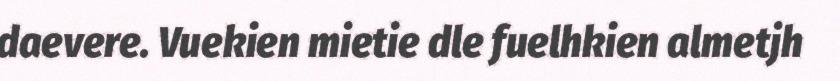
daevere. Vuekien mietie dle fuelhkien almetjh